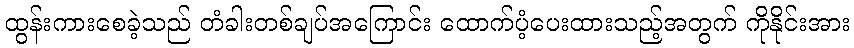
ထွန်းကားစေခဲ့သည် တံခါးတစ်ချပ်အကြောင်း ထောက်ပံ့ပေးထားသည့်အတွက် ကိုနိုင်းအား